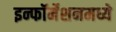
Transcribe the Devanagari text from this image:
इन्फॉर्मेशनमध्ये